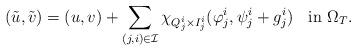
LaTeX: \begin{align*}(\tilde u,\tilde v)=(u,v)+\sum_{(j,i)\in\mathcal I}\chi_{Q^i_j\times I^i_j}(\varphi^i_j,\psi^i_j+g^i_j)\;\;\textrm{ in $\Omega_T$.}\end{align*}